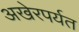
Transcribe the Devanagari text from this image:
अखेरपर्यत